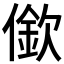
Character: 𱏒